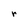
Character: r